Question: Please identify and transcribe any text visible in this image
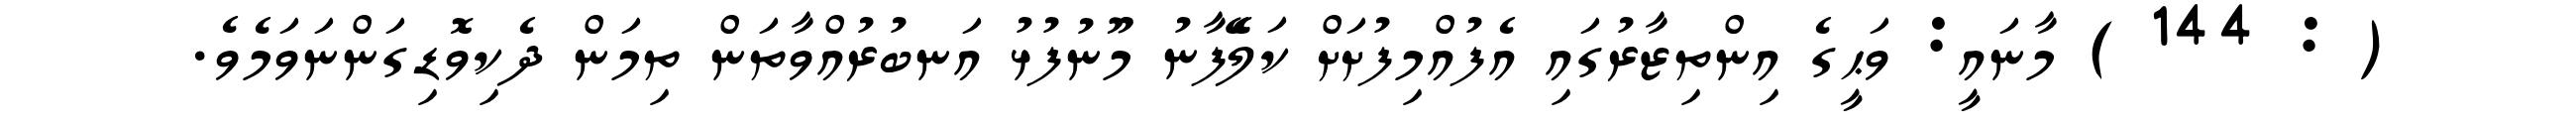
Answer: ( : 144 ) މާނައީ: ވަޙީގެ އިންތިޒާރުގައި އެފުއްމިފުށަށް ކަލޭެފާނު މޫނުފުޅު އަނބުރުއްވާތަން ތިމަން ދެކިވޮޑިގަންނަވަމެވެ.